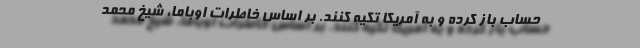
حساب باز کرده و به آمریکا تکیه کنند. بر اساس خاطرات اوباما، شیخ محمد